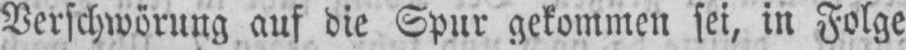
Verschwörung auf die Spur gekommen sei, in Folge